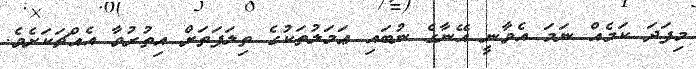
މިފަދަ ކަމެއް ނަމަ އެވާނީ އޭނާގެ ނުބައި ޢަމަލުތަކުގެ ތިލަފަތަށް އިތުރުވާ އެއްޗަކަށެވެ.